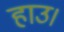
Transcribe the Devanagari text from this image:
हाउ।